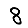
Digit: 8